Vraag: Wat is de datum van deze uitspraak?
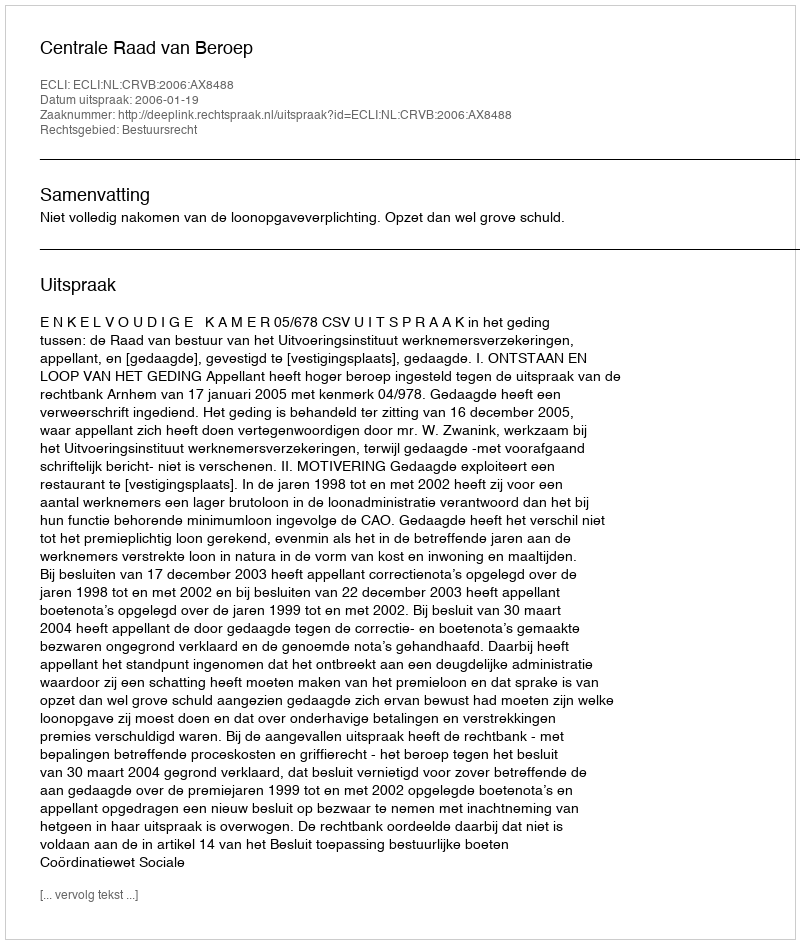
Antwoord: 2006-01-19